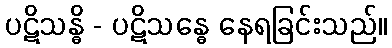
ပဋိသန္ဓိ - ပဋိသန္ဓေ နေရခြင်းသည်။